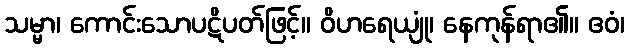
သမ္မာ၊ ကောင်းသောပဋိပတ်ဖြင့်။ ဝိဟရေယျုံ၊ နေကုန်ရာ၏။ ဧဝံ၊